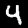
Label: 4